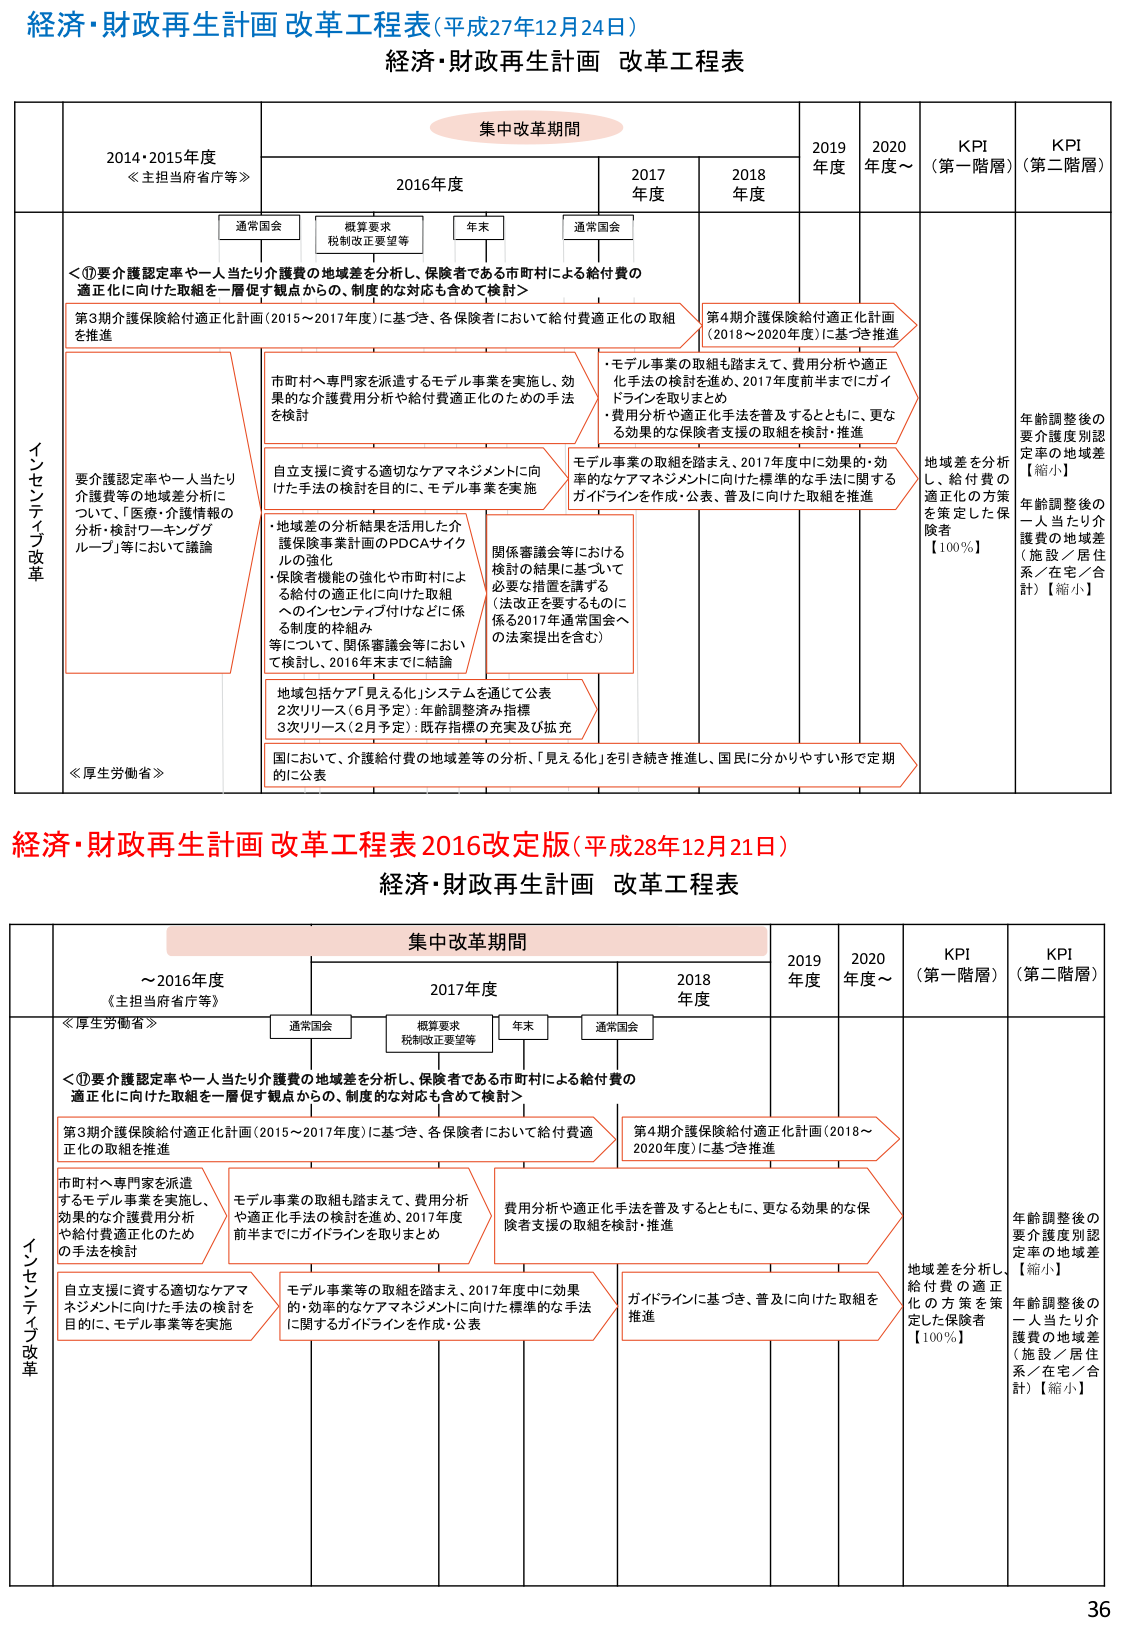
経済・財政再生計画 改革工程表（平成27年12月24日）
経済・財政再生計画 改革工程表

集中改革期間

2014・2015年度
≪主担当府省庁等≫

2016年度
通常国会
概算要求
税制改正要望等
年末
通常国会

2017年度
2018年度
2019年度
2020年度～
KPI（第一階層）
KPI（第二階層）

インセンティブ改革

＜①要介護認定率や一人当たり介護費の地域差を分析し、保険者である市町村による給付費の適正化に向けた取組を一層促す観点からの、制度的な対応も含めて検討＞

第3期介護保険給付適正化計画（2015～2017年度）に基づき、各保険者において給付費適正化の取組を推進

市町村へ専門家を派遣するモデル事業を実施し、効果的な介護費用分析や給付費適正化のための手法を検討

自立支援に資する適切なケアマネジメントに向けた手法の検討を目的に、モデル事業を実施

・地域差の分析結果を活用した介護保険事業計画のPDCAサイクルの強化
・保険者機能の強化や市町村による給付の適正化に向けた取組へのインセンティブ付けなどに係る制度的枠組み等について、関係審議会等において検討し、2016年末までに結論

地域包括ケア「見える化」システムを通じて公表
2次リリース（6月予定）：年齢調整済み指標
3次リリース（2月予定）：既存指標の充実及び拡充

国において、介護給付費の地域差等の分析、「見える化」を引き続き推進し、国民に分かりやすい形で定期的に公表

第4期介護保険給付適正化計画（2018～2020年度）に基づき推進

・モデル事業の取組も踏まえて、費用分析や適正化手法の検討を進め、2017年度前半までにガイドラインを取りまとめ
・費用分析や適正化手法を普及するとともに、更なる効果的な保険者支援の取組を検討・推進

モデル事業の取組を踏まえ、2017年度中に効果的・効率的なケアマネジメントに向けた標準的な手法に関するガイドラインを作成・公表、普及に向けた取組を推進

関係審議会等における検討の結果に基づいて必要な措置を講ずる（法改正を要するものに係る2017年通常国会への法案提出を含む）

≪厚生労働省≫

地域差を分析し、給付費の適正化の方策を策定した保険者【100％】

年齢調整後の要介護度別認定率の地域差【縮小】
年齢調整後の一人当たり介護費の地域差（施設／居住系／在宅／合計）【縮小】

経済・財政再生計画 改革工程表 2016改定版（平成28年12月21日）
経済・財政再生計画 改革工程表

集中改革期間

～2016年度
≪主担当府省庁等≫

通常国会
概算要求
税制改正要望等
年末
通常国会

2017年度
2018年度
2019年度
2020年度～
KPI（第一階層）
KPI（第二階層）

インセンティブ改革

＜①要介護認定率や一人当たり介護費の地域差を分析し、保険者である市町村による給付費の適正化に向けた取組を一層促す観点からの、制度的な対応も含めて検討＞

第3期介護保険給付適正化計画（2015～2017年度）に基づき、各保険者において給付費適正化の取組を推進

市町村へ専門家を派遣するモデル事業を実施し、効果的な介護費用分析や給付費適正化のための手法を検討

モデル事業の取組も踏まえて、費用分析や適正化手法の検討を進め、2017年度前半までにガイドラインを取りまとめ

費用分析や適正化手法を普及するとともに、更なる効果的保険者支援の取組を検討・推進

自立支援に資する適切なケアマネジメントに向けた手法の検討を目的に、モデル事業等を実施

モデル事業等の取組を踏まえ、2017年度中に効果的・効率的なケアマネジメントに向けた標準的な手法に関するガイドラインを作成・公表

ガイドラインに基づき、普及に向けた取組を推進

第4期介護保険給付適正化計画（2018～2020年度）に基づき推進

≪厚生労働省≫

地域差を分析し、給付費の適正化の方策を策定した保険者【100％】

年齢調整後の要介護度別認定率の地域差【縮小】
年齢調整後の一人当たり介護費の地域差（施設／居住系／在宅／合計）【縮小】

36